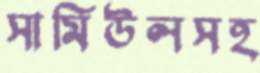
সামিউলসহ